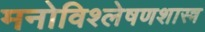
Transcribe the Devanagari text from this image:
मनोविश्लेषणशास्त्र